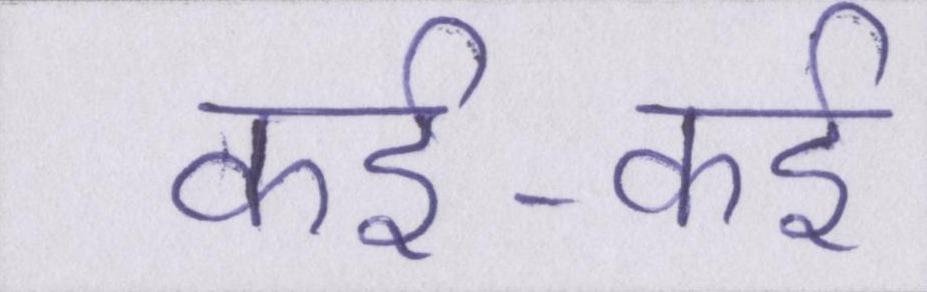
कई-कई